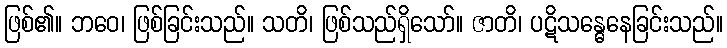
ဖြစ်၏။ ဘဝေ၊ ဖြစ်ခြင်းသည်။ သတိ၊ ဖြစ်သည်ရှိသော်။ ဇာတိ၊ ပဋိသန္ဓေနေခြင်းသည်။